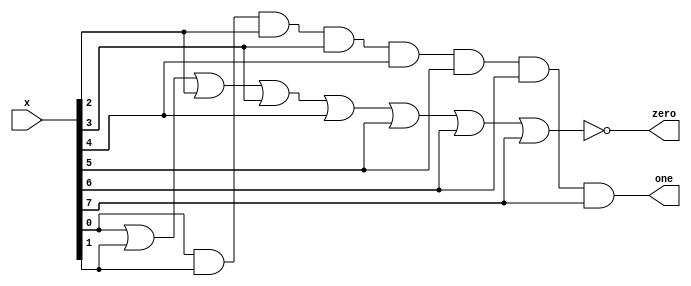
`timescale 1ns / 1ps
 
module all_bit_zero_or_one_detector(
    input wire  [7:0]   x,
    output wire         zero, one
    );
    
    // all bit zero
    assign zero = ~(x[0] | x[1] | x[2] | x[3] | x[4] | x[5] | x[6] | x[7]);
    
    // all-bit one
    assign one = x[0] & x[1] & x[2] & x[3] & x[4] & x[5] & x[6] & x[7];
    
endmodule